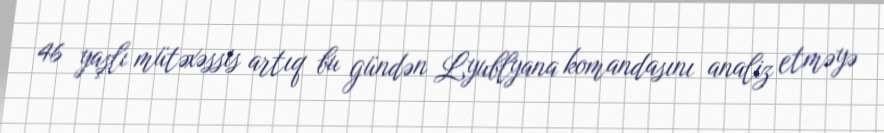
46 yaşlı mütəxəssis artıq bu gündən Lyublyana komandasını analiz etməyə